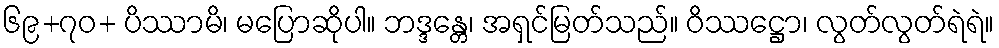
၆၉+၇ဝ+ ပိဿာမိ၊ မပြောဆိုပါ။ ဘဒ္ဒန္တေ၊ အရှင်မြတ်သည်။ ဝိဿဋ္ဌော၊ လွတ်လွတ်ရဲရဲ။